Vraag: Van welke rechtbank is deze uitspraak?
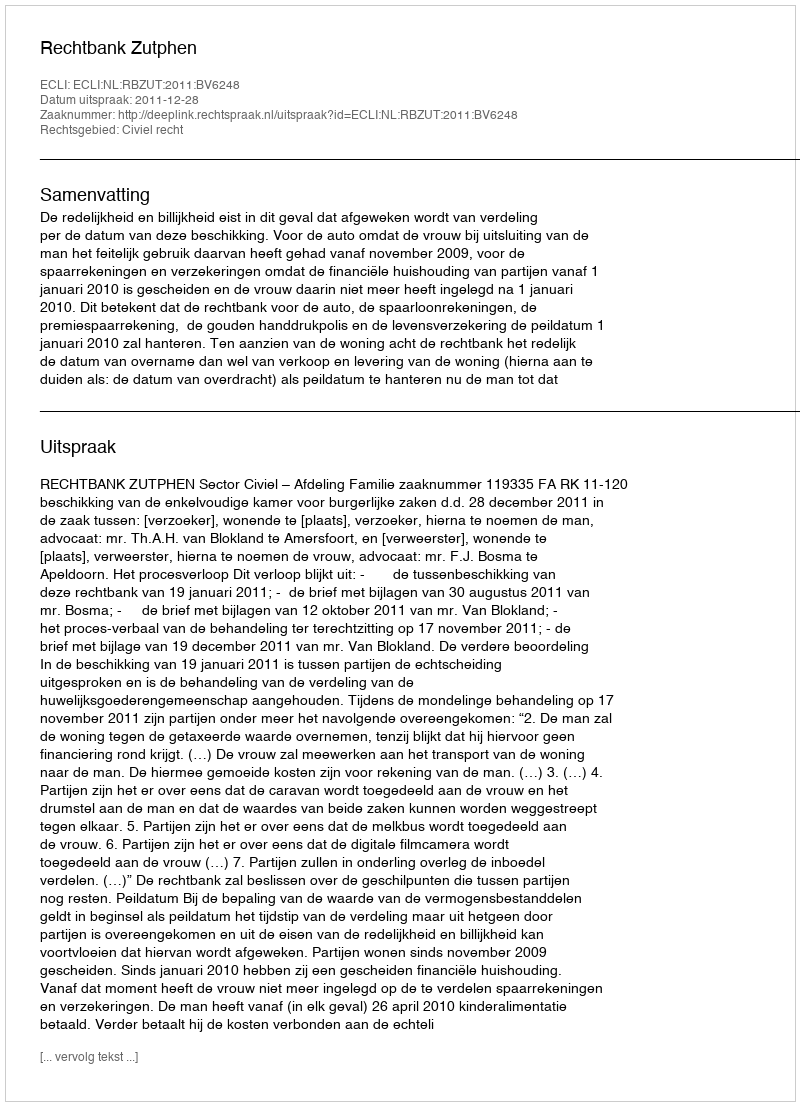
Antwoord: Rechtbank Zutphen